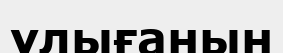
ұлығанын